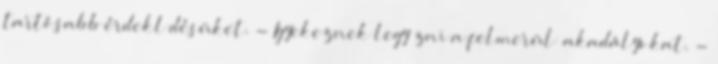
tartósabb érdeklıdésüket. - Igyekeznek legyızni a felmerülı akadályokat. -